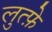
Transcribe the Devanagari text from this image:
लुत्फ़े